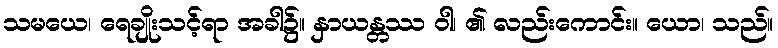
သမယေ၊ ရေချိုးသင့်ရာ အခါ၌။ နှာယန္တဿ ဝါ၊ ၏ လည်းကောင်း။ ယော၊ သည်။